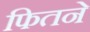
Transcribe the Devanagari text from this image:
फितने